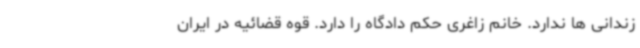
زندانی ها ندارد. خانم زاغری حکم دادگاه را دارد. قوه قضائیه در ایران